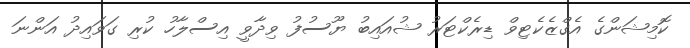
ކޮމިޝަންގެ އެގްޒެކެޓިވް ޑިރެކްޓަރު ޝުއައިބު ޔޫސުފު ވިދާވީ އިސްލާހު ކުރި ގަވައިދު އަންނަ